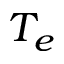
T _ { e }